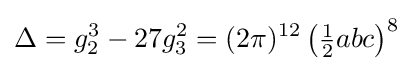
\Delta =g_{2}^{3}-27g_{3}^{2}=(2\pi )^{12}\left({\tfrac {1}{2}}abc\right)^{8}